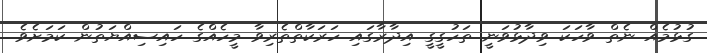
ގުޅުމެއް ނެތް ވާހަކަ ވިދާޅުވަނީ ތަހުގީގީ އިދާރާގައި ހަރަކާތްތެރިވާ މީހެއްގެ ހައިސިއްޔަތުން ކަމަށެވެ.